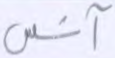
آنس